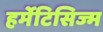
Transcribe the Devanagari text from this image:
हर्मेटिसिज्म